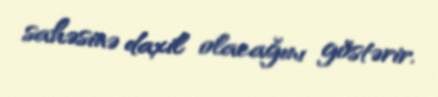
sahəsinə daxil olacağını göstərir.